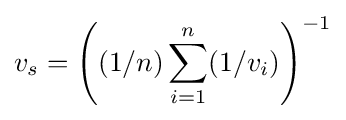
v_{s}=\left((1/n)\sum _{i=1}^{n}(1/v_{i})\right)^{-1}